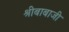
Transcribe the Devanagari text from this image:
श्रीबाबाजी